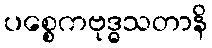
ပစ္စေကဗုဒ္ဓသတာနိ